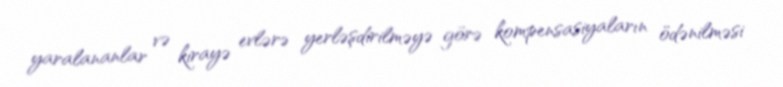
yaralananlar və kirayə evlərə yerləşdirilməyə görə kompensasiyaların ödənilməsi